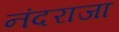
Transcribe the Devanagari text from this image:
नंदराजा